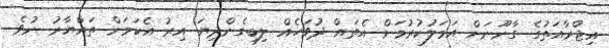
އިޖްރާއަތުގެ ގާނޫނަށް އަމަލުކުރުމަށް އެތައް ދުވަހެއް ލިބިގެންދިޔަ އިރު އެކަމަށް ތައްޔާރު ނުވެ